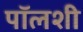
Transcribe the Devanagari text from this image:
पॉलशी